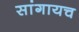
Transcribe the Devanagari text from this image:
सांगायच